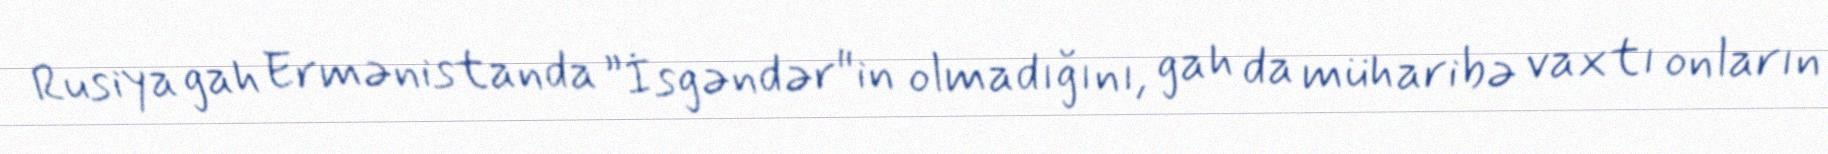
Rusiya gah Ermənistanda ”İsgəndər"in olmadığını, gah da müharibə vaxtı onların